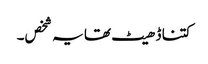
کتنا ڈھیٹ تھا یہ شخص۔